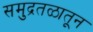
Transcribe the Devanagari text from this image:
समुद्रतळातून